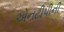
એનટીપીની